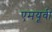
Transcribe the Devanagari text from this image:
एमयूवी